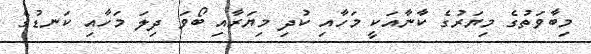
މިބާވަތުގެ މިޔަރުގެ ކާނާއަކީ މަހާއި ކުދި މިޔަރާއި ބޯވަ ދިލަ މަހާއި ކަނޑުގެ